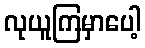
လုယူကြမှာပေါ့